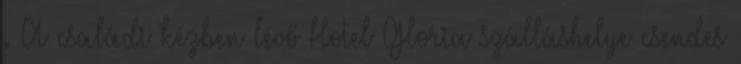
. A családi kézben lévő Hotel Gloria szálláshelye csendes